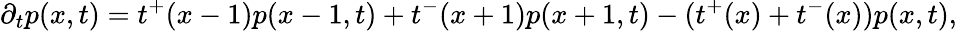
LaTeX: \partial_{t}p(x,t)=t^{+}(x-1)p(x-1,t)+t^{-}(x+1)p(x+1,t)-(t^{+}(x)+t^{-}(x))p(x,t),